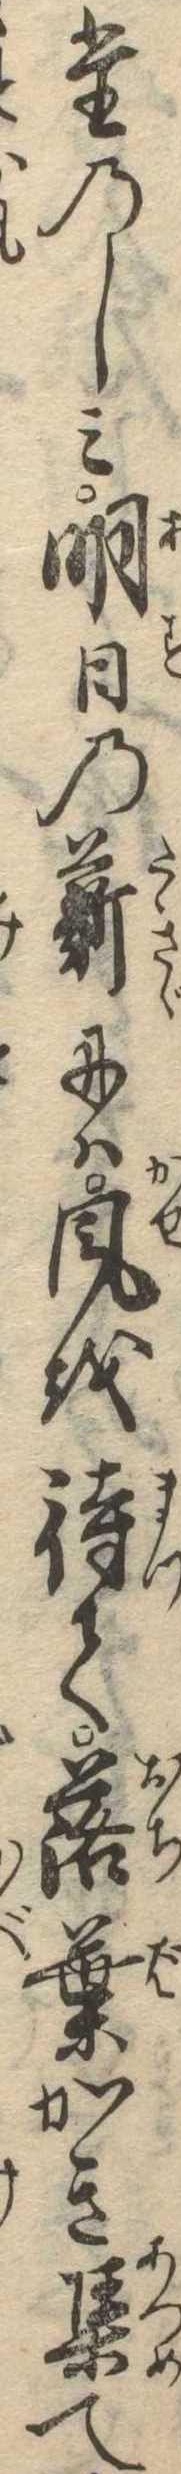
たのしみ明日の薪には風を待て落葉かき集て